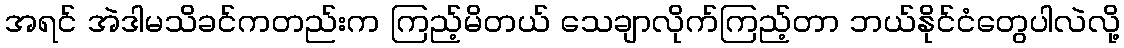
အရင် အဲဒါမသိခင်ကတည်းက ကြည့်မိတယ် သေချာလိုက်ကြည့်တာ ဘယ်နိုင်ငံတွေပါလဲလို့